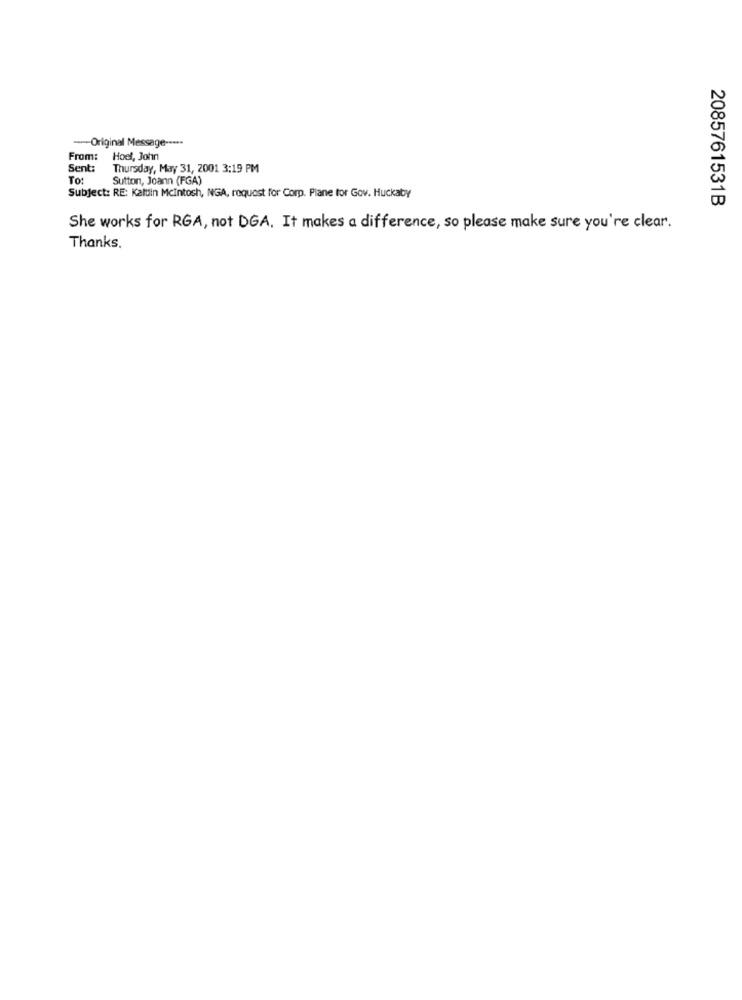
-- Original Message --***
From:
Hoel, John
Sent:
Thursday, May 31, 2001 3:19 PM
To:
Sutton, Joann (FGA)
Subject: RE: Kalin Mcintosh, NGA, request for Corp. Plane tor Gov. Huckaby
2085761531B
She works for RGA, not DGA. It makes a difference, so please make sure you're clear.
Thanks.